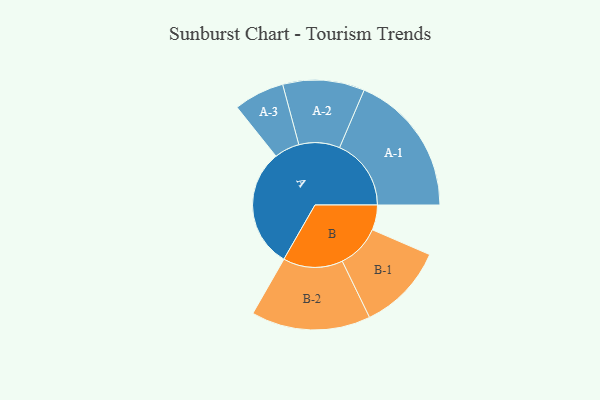
{"axis": {"x": "Segment", "y": "Value"}, "legend": ["", "A", "B"], "data": [{"x": "A", "y": 482, "type": ""}, {"x": "B", "y": 101, "type": ""}, {"x": "A-1", "y": 289, "type": "A"}, {"x": "A-2", "y": 165, "type": "A"}, {"x": "A-3", "y": 102, "type": "A"}, {"x": "B-1", "y": 176, "type": "B"}, {"x": "B-2", "y": 241, "type": "B"}]}